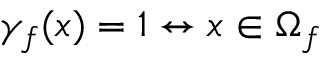
\gamma _ { f } ( \boldsymbol { x } ) = 1 \leftrightarrow \boldsymbol { x } \in \Omega _ { f }